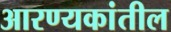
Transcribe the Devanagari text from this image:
आरण्यकांतील